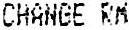
CHANGE RM